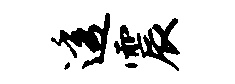
透震